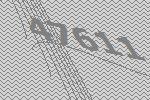
47611